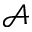
\mathcal { A }